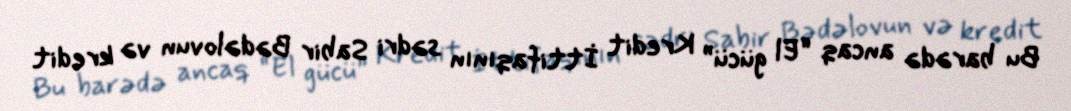
Bu barədə ancaq “El gücü” Kredit İttifaqının sədri Sabir Bədəlovun və kredit